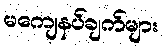
မကျေနပ်ချက်များ